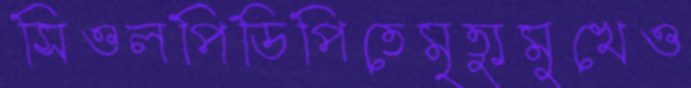
সিওলপিডিপিতেমৃত্যুমুখেও